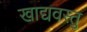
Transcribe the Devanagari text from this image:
खाद्यवस्तु